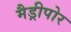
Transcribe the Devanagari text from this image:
मैड्रीपोर